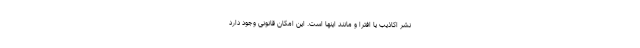
نشر اکاذیب یا افترا و مانند اینها است. این امکان قانونی وجود دارد